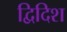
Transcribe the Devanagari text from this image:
द्विदिश